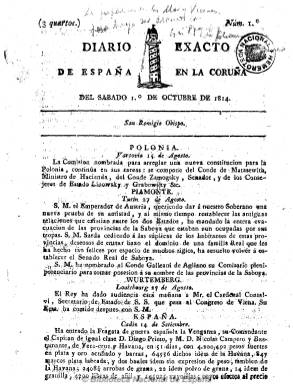
Título: Diario exacto de España en La Coruña
Colección: Periódicos anteriores a 1850
Ámbito geográfico: La Coruña
Lugar de publicación: La Coruña
Fechas: 01/10/1814-11/11/1814

Como continuación de Exacto correo de España en La Coruña, que venía alternando su salida durante toda la semana con Postillón del Exacto correo de España en La Coruña, el grupo de religiosos absolutistas y reaccionarios encabezados por el fraile Juan Chacón, que también habían publicado Diario de La Coruña a la Aurora, comienzan a editar este título, con frecuencia diaria, iniciando su numeración el uno de octubre de 1814 y terminando al finalizar este mismo año.

También estampa en su cabecera el grabado de la Torre de Hércules, y comienza asimismo cada número, de cuatro páginas, con el santoral, para a continuación publicar artículos doctrinales, de oficio y comunicados y noticias de España y del extranjero. Seguirá siendo impreso “con licencia” del Capitán General en imprenta propia, en la Oficina del Exacto Correo, de la que el propio Chacón era también propietario. Será continuado por: Diario exacto en La Coruña.